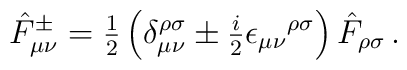
\hat{F}^{\pm}_{\mu\nu}={\textstyle\frac{1}{2}}\left(\delta^{\rho\sigma}_{\mu\nu}\pm {\textstyle\frac{i}{2}}\epsilon_{\mu\nu}{}^{\rho\sigma}\right)\hat{F}_{\rho\sigma}\, .